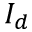
I _ { d }